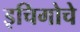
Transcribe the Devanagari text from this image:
इचिगोचे